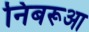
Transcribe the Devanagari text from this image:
निबरूआ